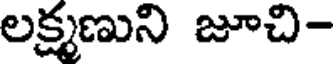
లక్ష్మణుని జూచి-